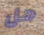
هل